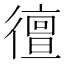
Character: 㣶